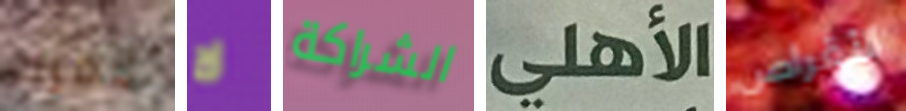
لأمرك لا الشراكة الأهلى الأقراص